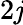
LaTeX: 2\mathit{j}